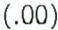
(.00)